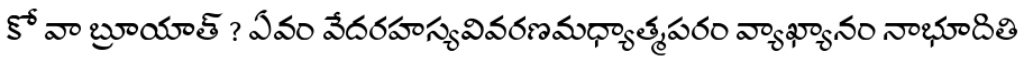
కో వా బ్రూయాత్ ? ఏవం వేదరహస్యవివరణమధ్యాత్మపరం వ్యాఖ్యానం నాభూదితి